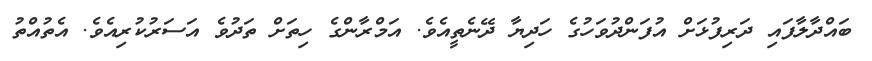
ބައްދާލާފައި ދަރިފުޅަށް އުފަންދުވަހުގެ ހަދިޔާ ދޭނެތީއެވެ. އަމްރާންގެ ހިތަށް ތަދުވެ އަސަރުކުރިއެވެ. އެތުއްތު